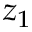
z _ { 1 }